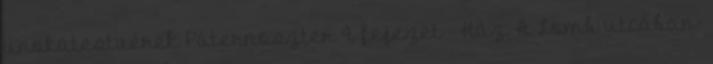
unokatestvérek Páternoszter 4. fejezet - Ház, A Lomb utcában-